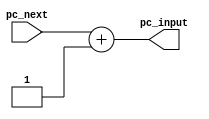
`timescale 1ns / 1ps
//////////////////////////////////////////////////////////////////////////////////
// Company: 
// Engineer: 
// 
// Design Name: 
// Module Name: pc_adder
// Project Name: 
// Target Devices: 
// Tool Versions: 
// Description: 
// 
// Dependencies: 
// 
// Revision:
// Revision 0.01 - File Created
// Additional Comments:
// 
//////////////////////////////////////////////////////////////////////////////////

module pc_adder(pc_next, pc_input);
input [31:0] pc_next;
output [31:0] pc_input;

assign pc_input = pc_next + 32'h1;
endmodule